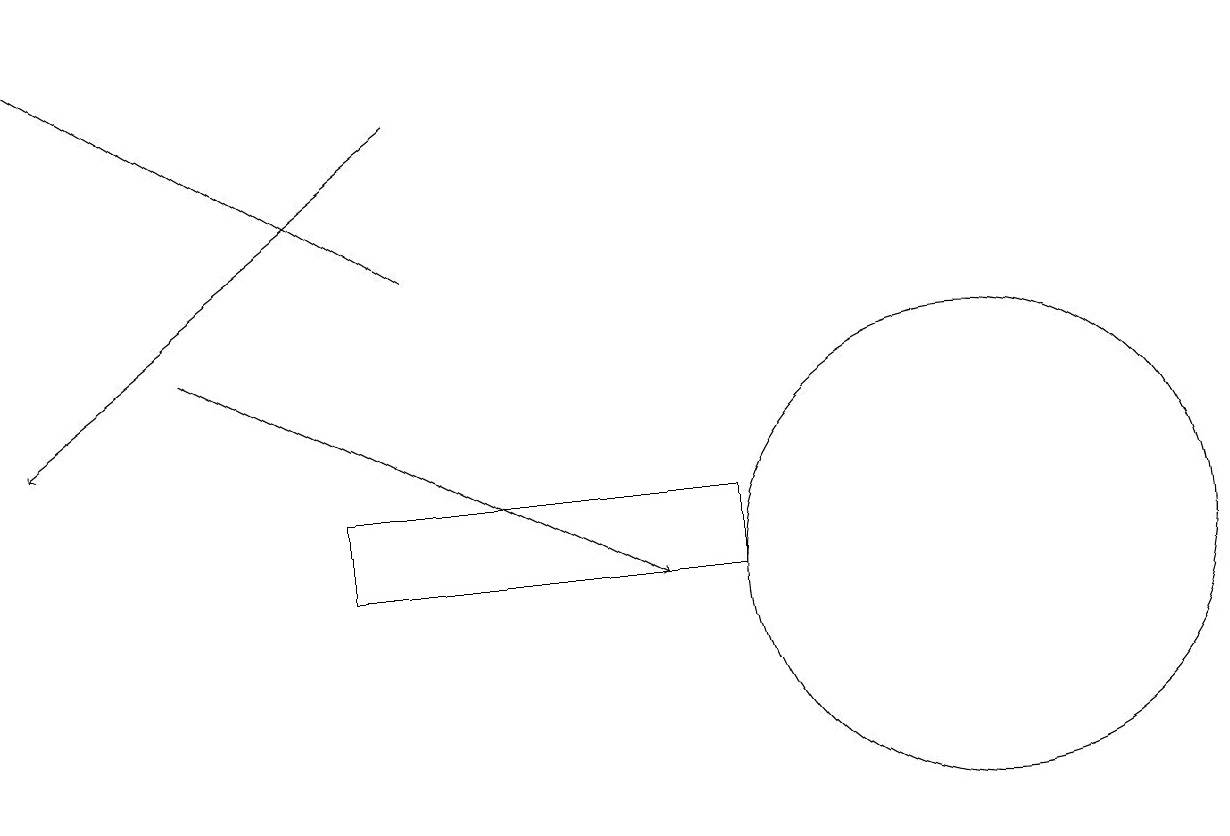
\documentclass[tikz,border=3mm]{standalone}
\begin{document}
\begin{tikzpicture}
\draw[->] (5,14) -- (0,17);
\draw[->] (5,16) -- (0,12);
\draw[->] (2,13) -- (8,10);
\draw (12,10) circle (3);
\draw (4,11) rectangle (9,10);
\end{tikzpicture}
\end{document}